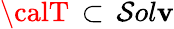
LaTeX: {\calT}\, \subset\, \mathcal{S}ol\mathbf{v}